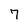
Character: 7